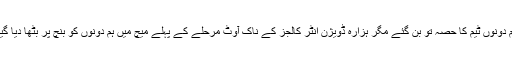
ہم دونوں ٹیم کا حصہ تو بن گئے مگر ہزارہ ڈویژن انٹر کالجز کے ناک آوٹ مرحلے کے پہلے میچ میں ہم دونوں کو بنچ پر بٹھا دیا گیا۔